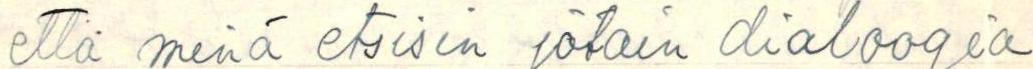
että minä etsisin jotain dialogia